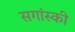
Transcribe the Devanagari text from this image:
सगांस्की